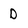
Character: D